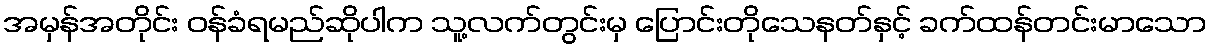
အမှန်အတိုင်း ဝန်ခံရမည်ဆိုပါက သူ့လက်တွင်းမှ ပြောင်းတိုသေနတ်နှင့် ခက်ထန်တင်းမာသော